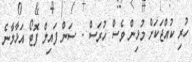
ހުރި ކުއްޖަކަށް މުޅިން ވެސް ހުރަސް - ސަން ފައިލް ފޮޓޯ އަޅާލާނެ